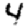
Digit: 4